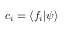
c _ { i } = \langle f _ { i } | \psi \rangle